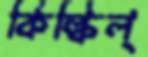
কিল্‌কিল্‌